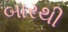
બારથી